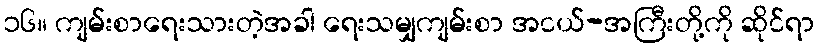
၁၆။ ကျမ်းစာရေးသားတဲ့အခါ ရေးသမျှကျမ်းစာ အငယ်-အကြီးတို့ကို ဆိုင်ရာ